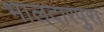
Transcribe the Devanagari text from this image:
भालदारपुरा